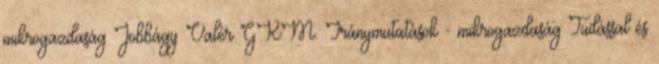
mikrogazdaság Jobbágy Valér GKM. Iránymutatások - mikrogazdaság Tudással és